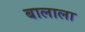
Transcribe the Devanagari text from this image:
बालाला